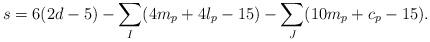
LaTeX: \begin{align*}s = 6(2d - 5) - \sum_I (4m_p + 4l_p - 15) -\sum_J(10m_p+c_p-15).\end{align*}